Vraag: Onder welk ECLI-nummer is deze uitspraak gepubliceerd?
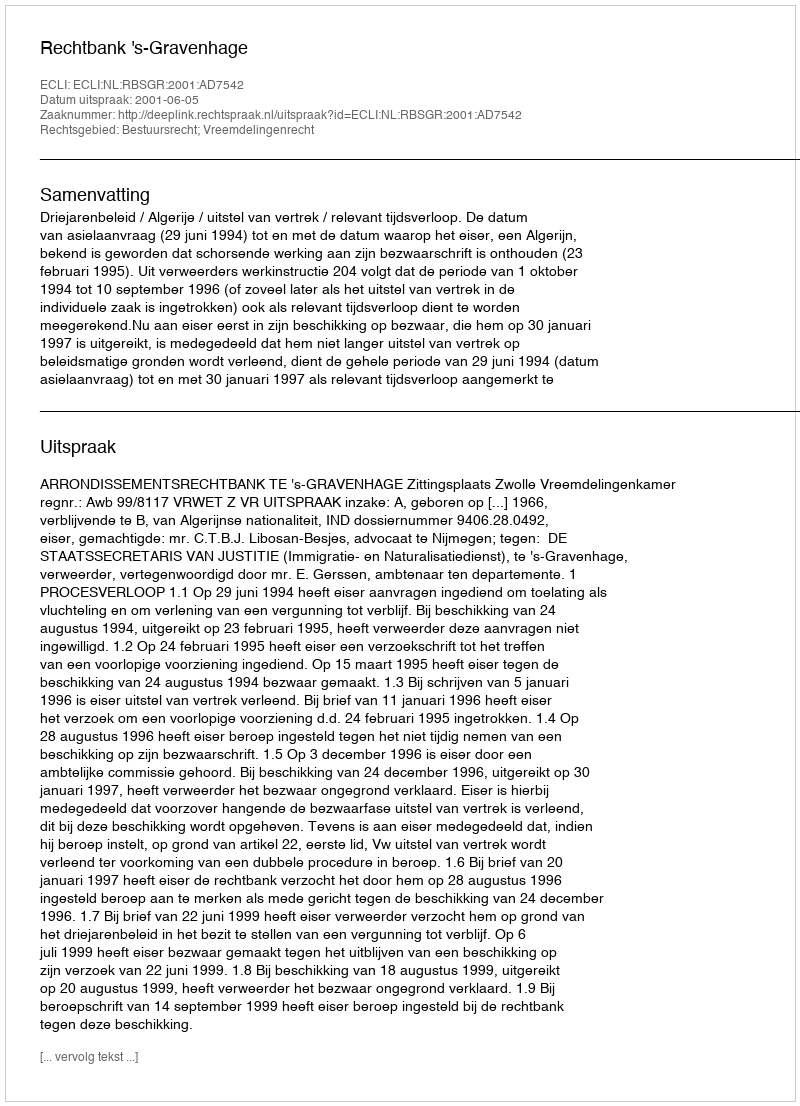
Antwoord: ECLI:NL:RBSGR:2001:AD7542